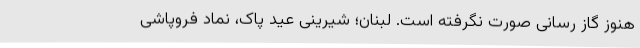
هنوز گاز رسانی صورت نگرفته است. لبنان؛ شیرینی عید پاک، نماد فروپاشی